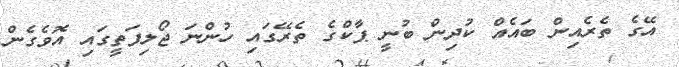
އޭގެ ތެރެއިން ބައެއް ކުދިން ބުނީ ޕާކްގެ ތެރޭގައި ހުންނަ ޖޯލިފަތީގައި އޮވެގެން